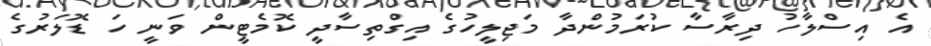
އެ އިސްލާހު ދިރާސާ ކުރަމުންދާ މަޖިލީހުގެ އިގްތިސާދީ ކޮމެޓީން ވަނީ ހަ ޑޮލަރުގެ